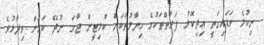
ނިކުމެ ވަޑައިގަތީ އިދިކޮޅު ފަރާތްތަކުގެ ހިޔާލުތަކަށް ކޮމިޓީން ޖާގަ ނުދޭ ކަމަށް ވިދާޅުވެ